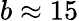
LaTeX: b\approx 15